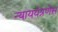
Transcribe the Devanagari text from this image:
न्याययंत्रणेस